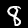
Label: 8